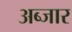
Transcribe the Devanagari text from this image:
अब्जार